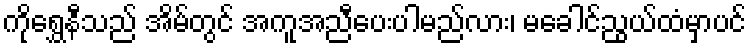
ကိုရွှေနီသည် အိမ်တွင် အကူအညီပေးပါမည်လား၊ မခေါင်ညွယ်ထံမှာပင်